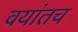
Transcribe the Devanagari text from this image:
वयांतच